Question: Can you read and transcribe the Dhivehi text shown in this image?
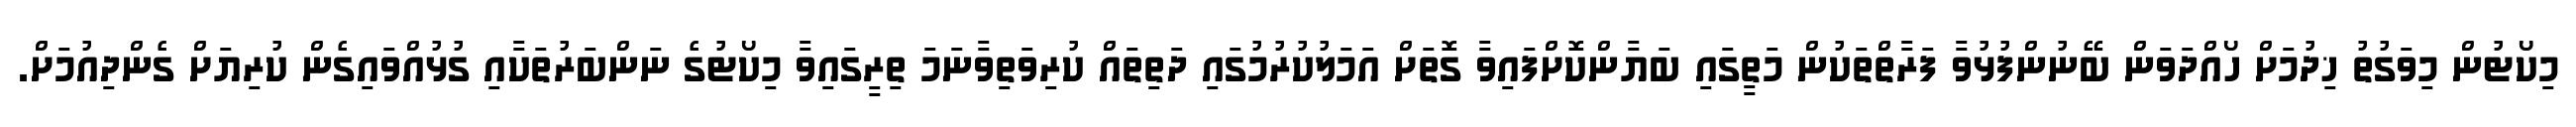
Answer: މިކޯޓުން މިވަގުތު ޚިދުމަށް ހޯއްދަވަން ބޭނުންފުޅުވާ ފަރާތްތަކުން މަތީގައި ބަޔާންކޮށްފައިވާ ގޮތަށް އަމަލުކުރުމުގައި ދަތިތައް ކުރިވަތިވާނަމަ ތިރީގައިވާ މިކޯޓުގެ ނަންބަރުތަކާއި ގުޅުއްވައިގެން ކުރިޔަށް ގެންދިއުމަށް.